Sketch of the medical history of the native army of Bombay, for the year
Year: 1876
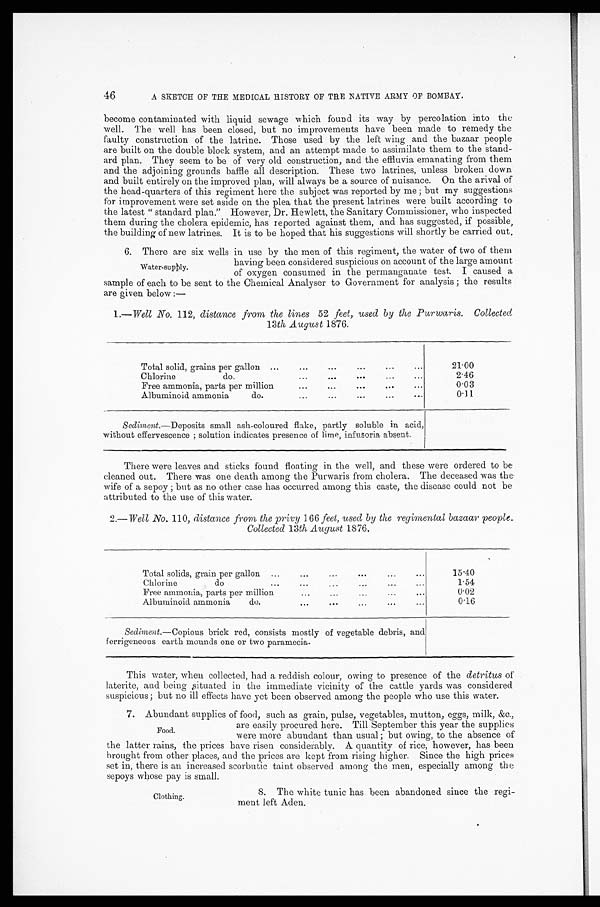
46
A SKETCH OF THE MEDICAL HISTORY OF THE NATIVE ARMY OF BOMBAY.
become contaminated with liquid sewage which found its way by percolation into the
well. The well has been closed, but no improvements have been made to remedy the
faulty construction of the latrine. Those used by the left wing and the bazaar people
are built on the double block system, and an attempt made to assimilate them to the stand-
ard plan. They seem to be of very old construction, and the effluvia emanating from them
and the adjoining grounds baffle all description. These two latrines, unless broken down
and built entirely on the improved plan, will always be a source of nuisance. On the arival of
the head-quarters of this regiment here the subject was reported by me ; but my suggestions
for improvement were set aside on the plea that the present latrines were built according to
the latest “standard plan.” However, Dr. Hewlett, the Sanitary Commissioner, who inspected
them during the cholera epidemic, has reported against them, and has suggested, if possible,
the building of new latrines. It is to be hoped that his suggestions will shortly be carried out.
6. There are six wells in use by the men of this regiment, the water of two of them
having been considered suspicious on account of the large amount
of oxygen consumed in the permanganate test. I caused a
sample of each to be sent to the Chemical Analyser to Government for analysis ; the results
are given below :—
1.— Well No. 112, distance from the lines 52 feet, used by the Purwaris. Collected
13th, August 1876.
Total solid, grains per gallon ...
...
...
...
...
...
21.00
Chlorine
do.
...
...
...
...
...
2.46
Free ammonia, parts per million
...
...
...
...
...
0.03
Albuminoid ammonia
do.
...
...
..
.
...
...
0.11
Sediment.—Deposits small ash-coloured flake, partly soluble in acid,
without effervescence ; solution indicates presence of lime, infusoria absent.
There were leaves and sticks found floating in the well, and these were ordered to be
cleaned out. There was one death among the Purwaris from cholera. The deceased was the
wife of a sepoy ; but as no other case has occurred among this caste, the disease could not be
attributed to the use of this water.
2.— Well No. 110, distance from the privy 166 feet, used by the regimental bazaar people.
Collected 13th August 1876.
Total solids, grain per gallon
...
...
...
...
...
...
15.40
Chlorine
do
...
...
...
...
...
...
1.54
Free ammonia, parts per million
...
...
...
...
0.02
Albuminoid ammonia
do.
...
...
...
...
...
0.16
Sediment. —Copious brick red, consists mostly of vegetable debris, and
ferrigeneous earth mounds one or two paramecia.
This water, when collected, had a reddish colour, owing to presence of the detritus of
laterite, and being, situated in the immediate vicinity of the cattle yards was considered
suspicious ; but no ill effects have yet been observed among the people who use this water.
7. Abundant supplies of food, such as grain, pulse, vegetables, mutton, eggs, milk, &c.,
are easily procured here. Till September this year the supplies
were more abundant than usual ; but owing, to the absence of
the latter rains, the prices have risen considerably. A quantity of rice, however, has been
brought from other places, and the prices are kept from rising higher. Since the high prices
set in, there is an increased scorbutic taint observed among the men, especially among the
sepoys whose pay is small.
Water-supply.
Food.
Clothing.
8. The white tunic has been abandoned since the regi-
ment left Aden.